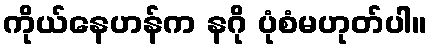
ကိုယ်နေဟန်က နဂို ပုံစံမဟုတ်ပါ။